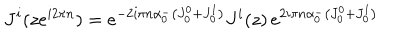
J ^ { i } ( z e ^ { i 2 \pi n } ) = e ^ { - 2 i \pi n \alpha _ { 0 } ^ { - } \left( J _ { 0 } ^ { 0 } + J _ { 0 } ^ { 1 } \right) } J ^ { i } ( z ) \, e ^ { 2 i \pi n \alpha _ { 0 } ^ { - } \left( J _ { 0 } ^ { 0 } + J _ { 0 } ^ { 1 } \right) }